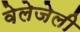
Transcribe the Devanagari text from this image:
वेलेजेली